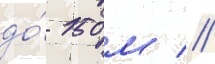
до́ 150 м //